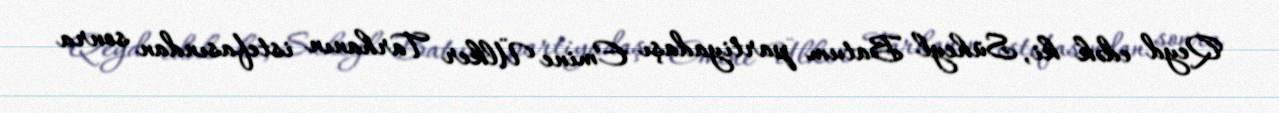
Qeyd edək ki, Süheyl Batum partiyadaşı Emine Ülker Tarhanın istefasından sonra